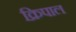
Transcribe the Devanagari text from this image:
क्रिपाल